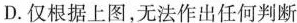
D.仅根据上图，无法作出任何判断